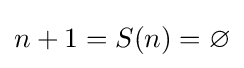
n+1=S(n)=\varnothing